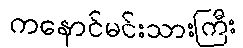
ကနောင်မင်းသားကြီး